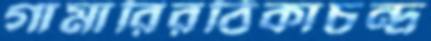
গামারিরঠিকাচন্দ্র